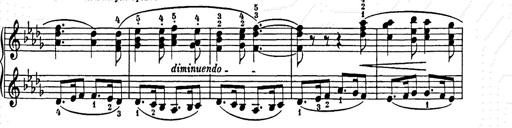
Title: Weihnachtsbaum
Composer: Franz Liszt